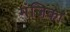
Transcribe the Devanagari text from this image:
मंजिका